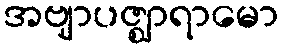
အဗျာပဇ္ဈာရာမော